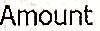
AMOUNT